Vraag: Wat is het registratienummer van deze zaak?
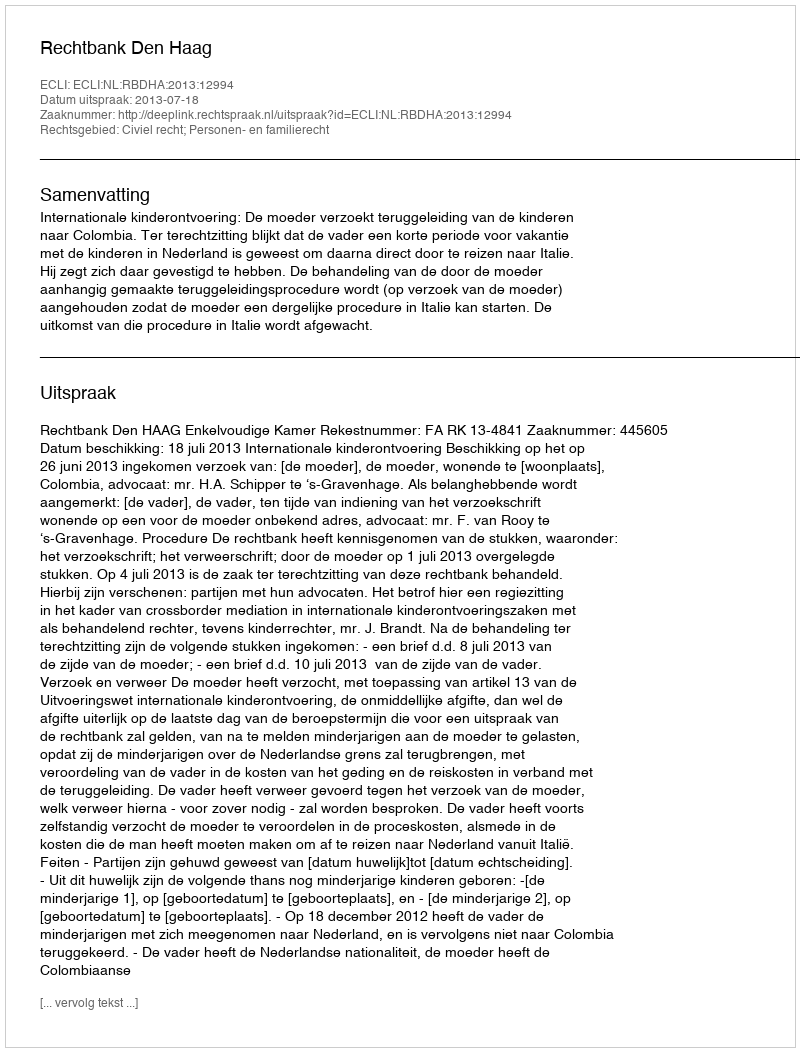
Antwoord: http://deeplink.rechtspraak.nl/uitspraak?id=ECLI:NL:RBDHA:2013:12994